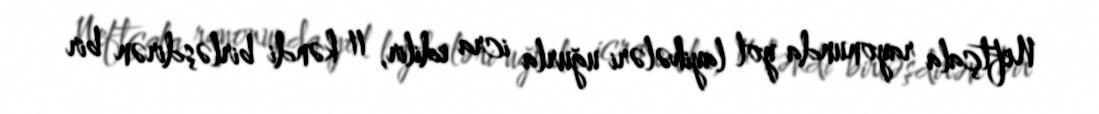
Neftçala rayonunda yol layihələri uğurla icra edilir, 11 kəndi birləşdirən bir